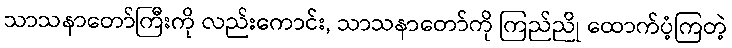
သာသနာတော်ကြီးကို လည်းကောင်း, သာသနာတော်ကို ကြည်ညို ထောက်ပံ့ကြတဲ့